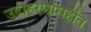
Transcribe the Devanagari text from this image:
उदाहरणांसहीत